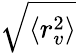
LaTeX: \sqrt{\langle r_{v}^{2}\rangle}